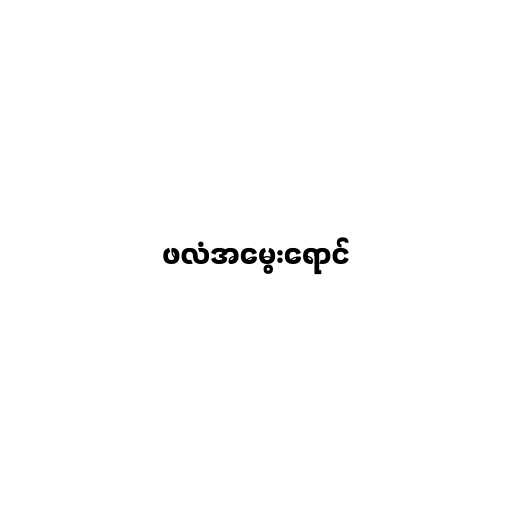
ဖလံအမွေးရောင်